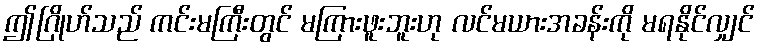
ဤဂြိုဟ်သည် ကင်းမကြီးတွင် မကြားဖူးဘူးဟု လင်မယားအခန်းကို မရနိုင်လျှင်